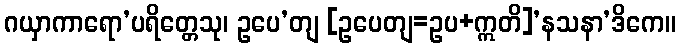
ဂယှာကာရော’ပရိတ္တေသု၊ ဥပေ’တျ [ဥပေတျ=ဥပ+ဣတိ]’နသနာ’ဒိကေ။